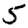
Digit: 5